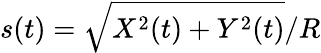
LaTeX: s(t)=\sqrt{X^{2}(t)+Y^{2}(t)}/R